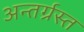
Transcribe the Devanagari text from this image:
अन्‍तर्ग्रस्‍त